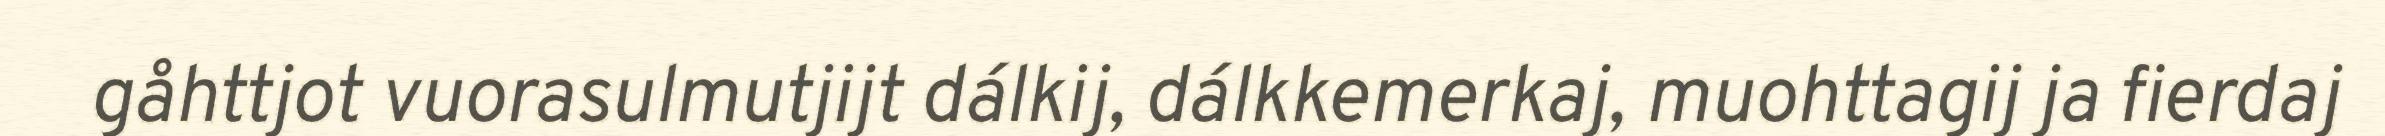
gåhttjot vuorasulmutjijt dálkij, dálkkemerkaj, muohttagij ja fierdaj